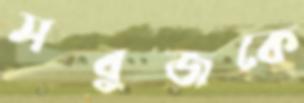
সবুজকে